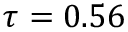
\tau = 0 . 5 6